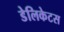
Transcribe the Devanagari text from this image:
डेलिकेटस